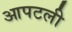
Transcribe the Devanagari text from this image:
आपटली